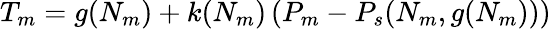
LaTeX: T_{m}=g(N_{m})+k(N_{m})\left(P_{m}-P_{s}(N_{m},g(N_{m}))\right)